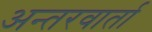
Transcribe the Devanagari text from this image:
अन्तरवार्ता